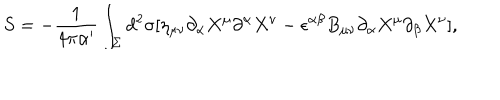
S = - \frac { 1 } { 4 \pi \alpha ^ { \prime } } \int _ { \Sigma } d ^ { 2 } \sigma [ \eta _ { \mu \nu } \partial _ { \alpha } X ^ { \mu } \partial ^ { \alpha } X ^ { \nu } - \epsilon ^ { \alpha \beta } B _ { \mu \nu } \partial _ { \alpha } X ^ { \mu } \partial _ { \beta } X ^ { \nu } ] ,